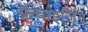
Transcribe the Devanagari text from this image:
फ़्रैंचाइज़िंग